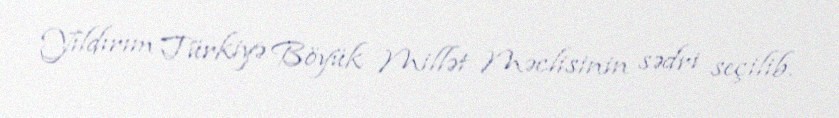
Yıldırım Türkiyə Böyük Millət Məclisinin sədri seçilib.